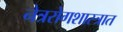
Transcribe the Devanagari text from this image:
नेत्ररोगशास्त्रात